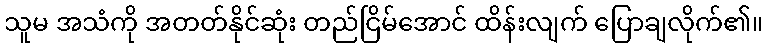
သူမ အသံကို အတတ်နိုင်ဆုံး တည်ငြိမ်အောင် ထိန်းလျက် ပြောချလိုက်၏။